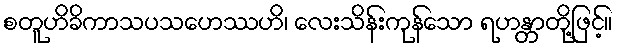
စတူဟိခိကာသပသဟေဿဟိ၊ လေးသိန်းကုန်သော ရဟန္တာတို့ဖြင့်။